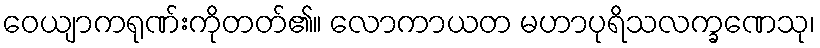
ဝေယျာကရုဏ်းကိုတတ်၏။ လောကာယတ မဟာပုရိသလက္ခဏေသု၊